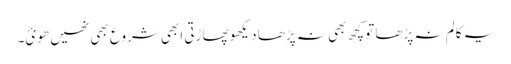
یہ کالم نہ پڑھا تو کچھ بھی نہ پڑھا دیکھو پھاڑتی ابھی شروع بھی نھیں ھوئ۔